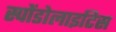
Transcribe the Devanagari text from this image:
स्पोंडोलाइटिस